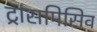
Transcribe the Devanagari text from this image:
ट्रांसमिसिव